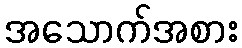
အသောက်အစား